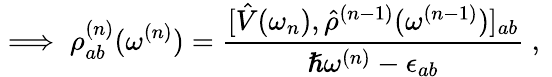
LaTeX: \implies\rho_{ab}^{(n)}(\omega^{(n)})=\frac{[\hat{V}(\omega_{n}),\hat{\rho}^{(n-1)}(\omega^{(n-1)})]_{ab}}{\hslash\omega^{(n)}-\epsilon_{ab}}\mathrm{~,~}